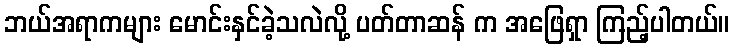
ဘယ်အရာကများ မောင်းနှင်ခဲ့သလဲလို့ ပတ်တာဆန် က အဖြေရှာ ကြည့်ပါတယ်။